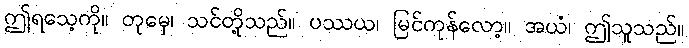
ဤရသေ့ကို။ တုမှေ၊ သင်တို့သည်။ ပဿယ၊ မြင်ကုန်လော့။ အယံ၊ ဤသူသည်။